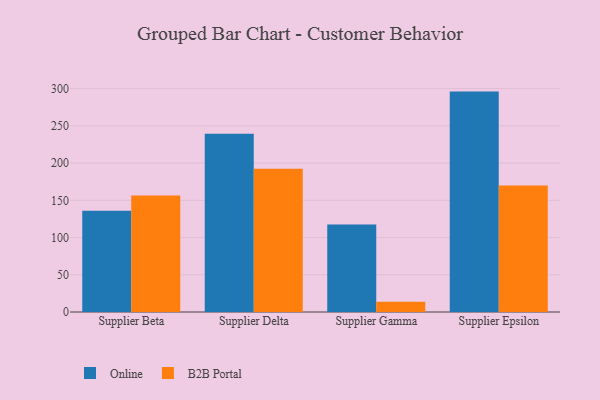
{"axis": {"x": "Supplier", "y": "Demand Index"}, "legend": ["B2B Portal", "Online"], "data": [{"x": "Supplier Beta", "y": 136.1, "type": "Online"}, {"x": "Supplier Beta", "y": 156.4, "type": "B2B Portal"}, {"x": "Supplier Delta", "y": 239.5, "type": "Online"}, {"x": "Supplier Delta", "y": 192.5, "type": "B2B Portal"}, {"x": "Supplier Gamma", "y": 117.5, "type": "Online"}, {"x": "Supplier Gamma", "y": 13.6, "type": "B2B Portal"}, {"x": "Supplier Epsilon", "y": 296.0, "type": "Online"}, {"x": "Supplier Epsilon", "y": 170.0, "type": "B2B Portal"}]}